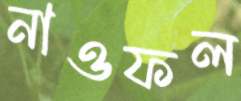
নাওফল